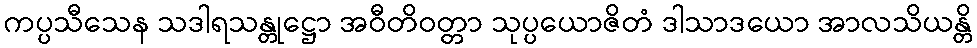
ကပ္ပသီသေန သဒါရသန္တုဋ္ဌော အဝီတိဝတ္တာ သုပ္ပယောဇိတံ ဒါသာဒယော အာလသိယန္တိ